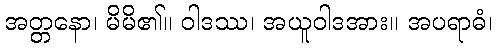
အတ္တနော၊ မိမိ၏။ ဝါဒဿ၊ အယူဝါဒအား။ အပရာဓံ၊